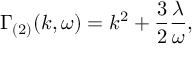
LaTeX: \Gamma _ { ( 2 ) } ( k , \omega ) = k ^ { 2 } + \frac { 3 } { 2 } \frac { \lambda } { \omega } ,